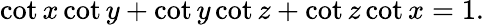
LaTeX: \cot x\cot y+\cot y\cot z+\cot z\cot x=1.